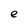
Character: e